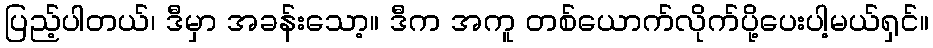
ပြည့်ပါတယ်၊ ဒီမှာ အခန်းသော့။ ဒီက အကူ တစ်ယောက်လိုက်ပို့ပေးပါ့မယ်ရှင်။